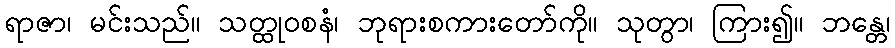
ရာဇာ၊ မင်းသည်။ သတ္ထုဝစနံ၊ ဘုရားစကားတော်ကို။ သုတွာ၊ ကြား၍။ ဘန္တေ၊